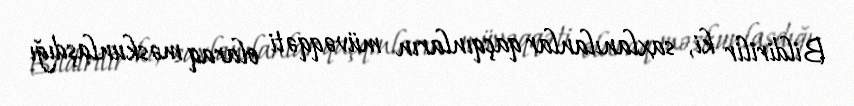
Bildirilir ki, saxlanılanlar qaçqınların müvəqqəti olaraq məskunlaşdığı